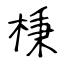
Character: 棅